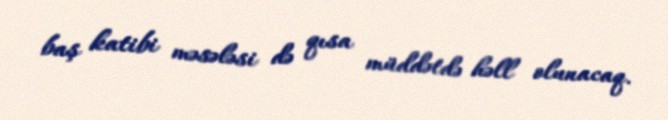
baş katibi məsələsi də qısa müddətdə həll olunacaq.